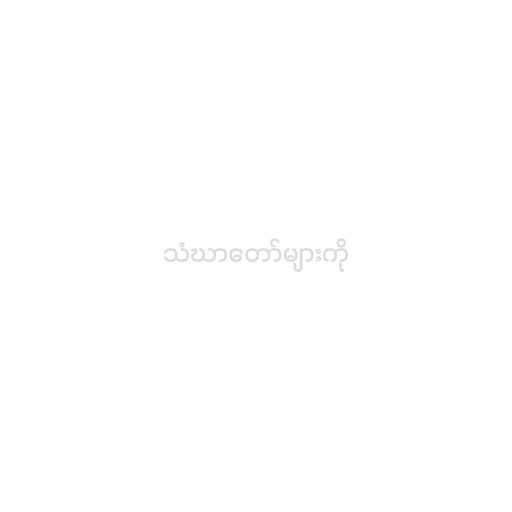
သံဃာတော်များကို